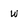
Character: w